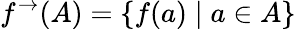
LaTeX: f^{\rightarrow}(A)=\{ f(a)\; |\; a\in A\}